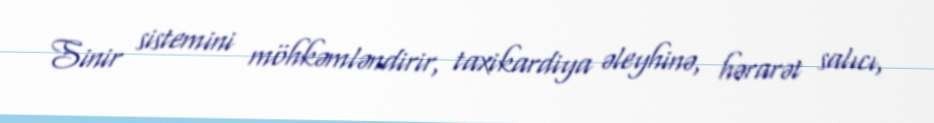
Sinir sistemini möhkəmləndirir, taxikardiya əleyhinə, hərarət salıcı,